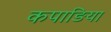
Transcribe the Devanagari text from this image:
कपाङिया